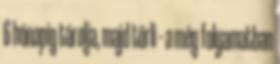
6 hónapig tárolja, majd törli – a még folyamatban